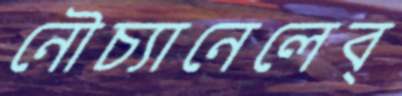
নৌচ্যানেলেব্